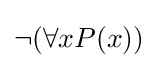
\lnot (\forall xP(x))